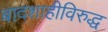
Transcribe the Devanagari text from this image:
बादशाहीविरुद्ध